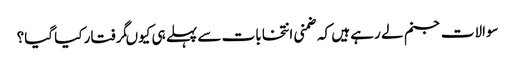
سوالات جنم لے رہے ہیں کہ ضمنی انتخابات سے پہلے ہی کیوںگرفتار کیا گیا؟